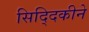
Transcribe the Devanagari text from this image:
सिद्दिकीने